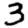
Digit: 3